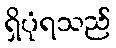
ရှိပုံရသည်